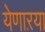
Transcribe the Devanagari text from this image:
येणाऱया